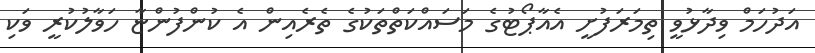
އަދުހަމް ވިދާޅުވީ ތިމަރަފުށީ އެއާޕޯޓުގެ މަސައްކަތްތަކުގެ ތެރެއިން އެ ކުންފުންޏާ ހަވާލުކުރީ ވަކި